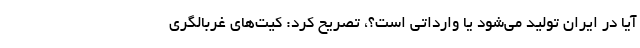
آیا در ایران تولید می‌شود یا وارداتی است؟، تصریح کرد: کیت‌های غربالگری